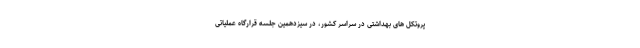
پروتکل های بهداشتی در سراسر کشور، در سیزدهمین جلسه قرارگاه عملیاتی